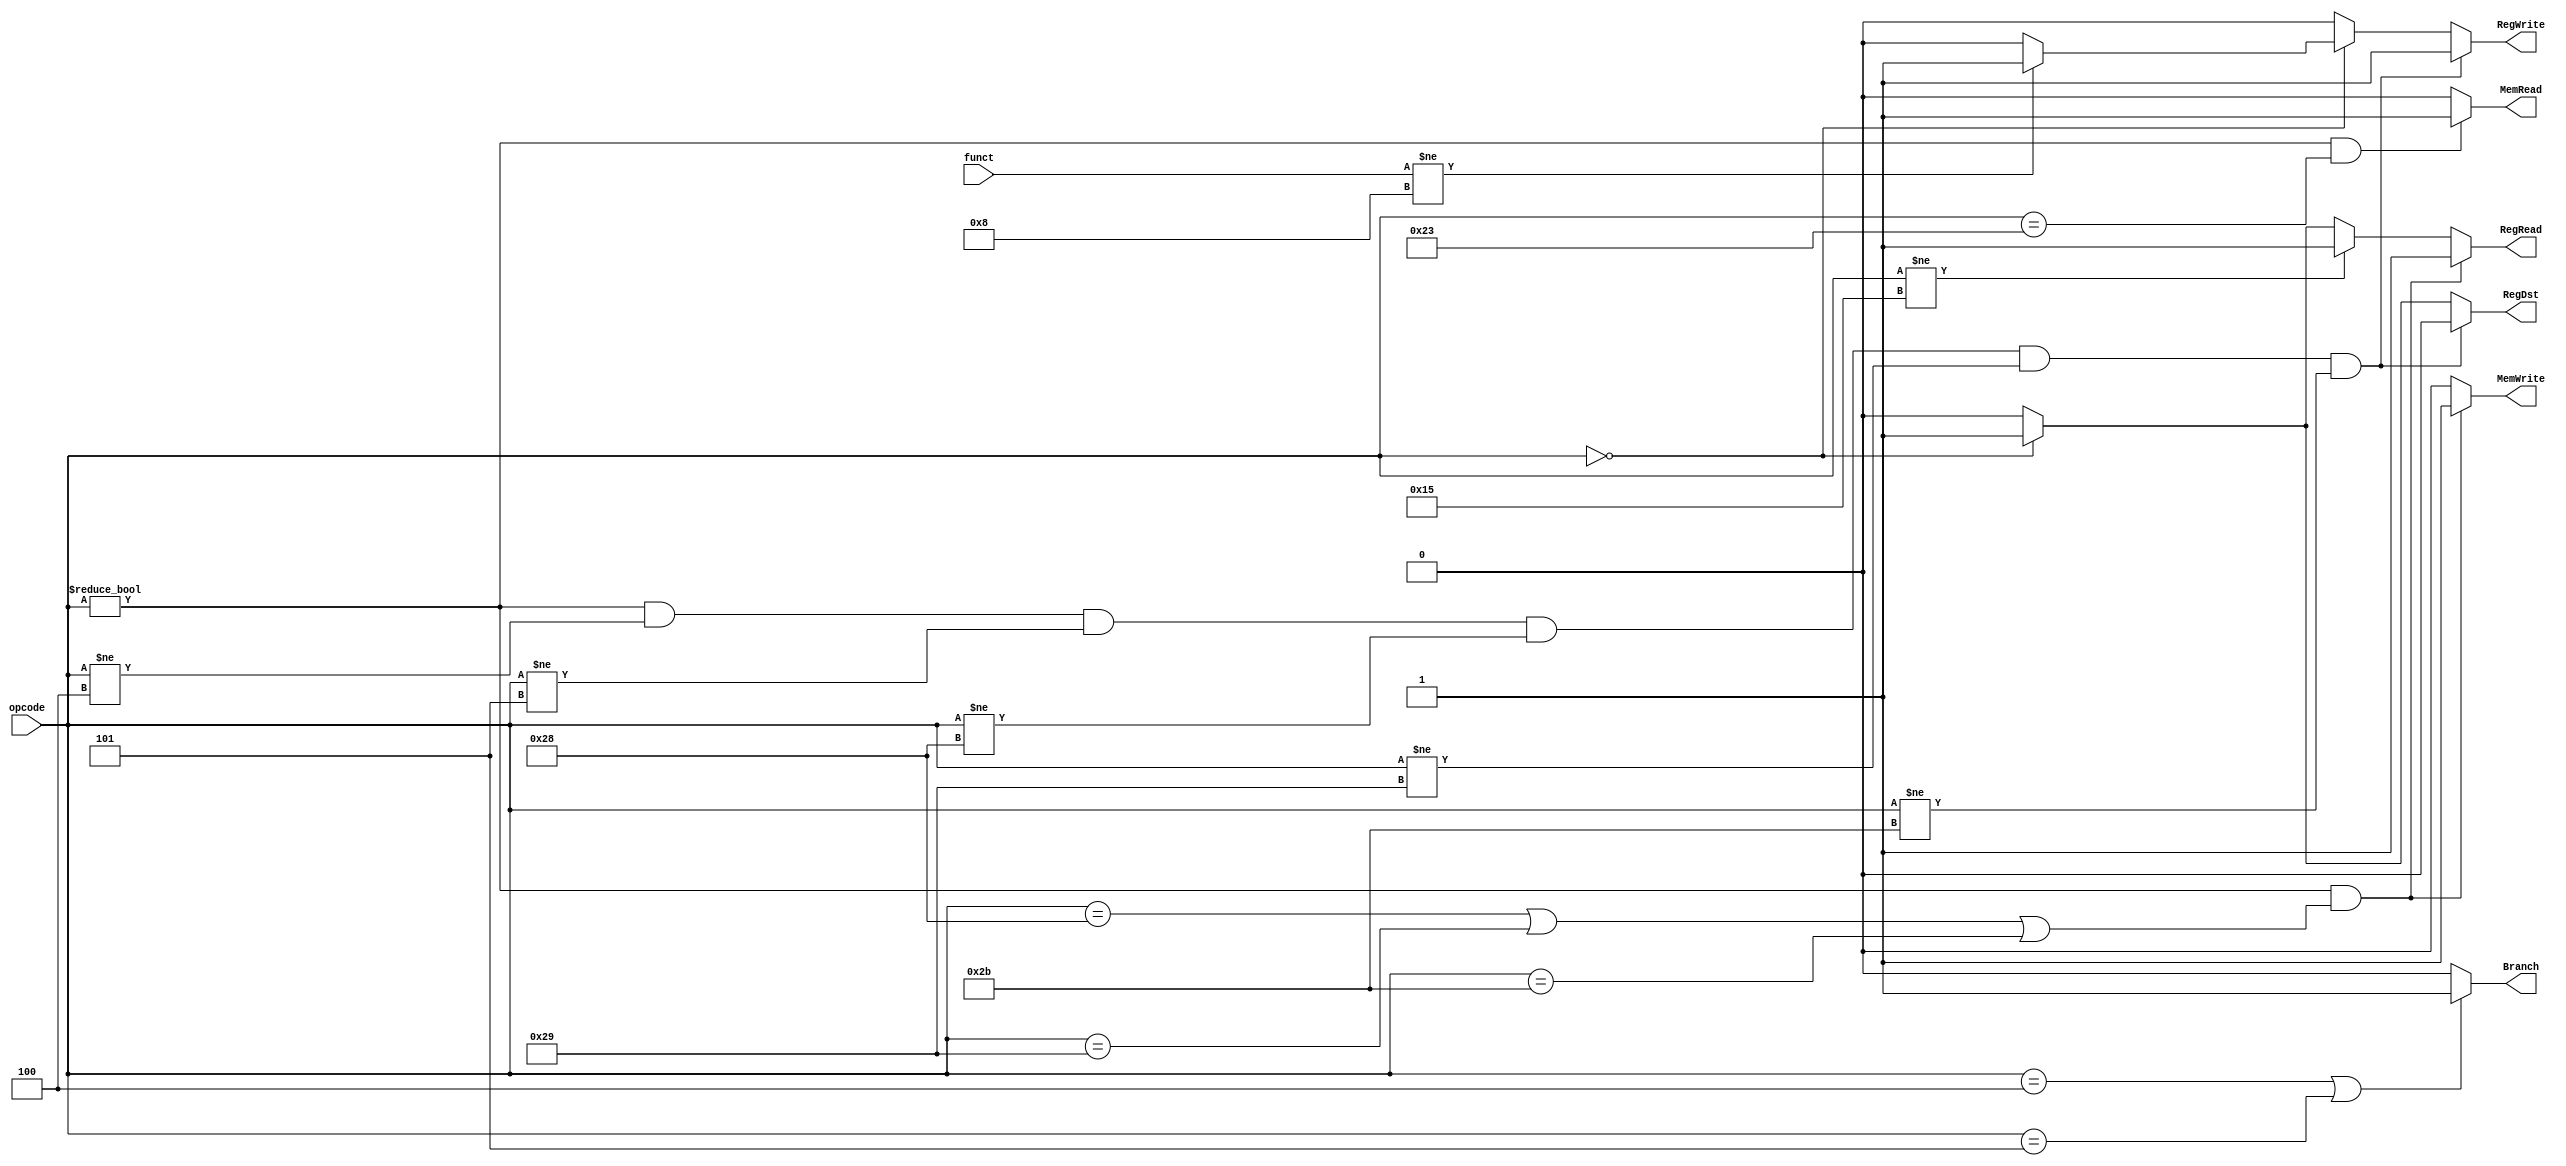
//Datapathteki olarak dnlebilir. 
//Registera yazlacak m yazlmayacak m, memoryde ne ilemi yaplacak, destination register hangisi olacak gibi problemleri 
//ayarlad sinyaller ile halletmesi saland.
module control_unit(
	output reg RegRead,
				  RegWrite,
				  MemRead,
				  MemWrite,
				  RegDst, // if this is 0 select rt, otherwise select rd
				  Branch,
	input [5:0] opcode, funct
);
	
	always @(opcode, funct) begin
	
		// First, reset all signals
		MemRead  = 1'b0;
		MemWrite = 1'b0;
		RegWrite = 1'b0;
		RegRead  = 1'b0;
		RegDst   = 1'b0;
		Branch   = 1'b0;
		
		// R type
		if(opcode == 6'h0) begin
			RegDst = 1'b1;
			RegRead = 1'b1;
			// if not jr
			if(funct != 6'h08) begin
				RegWrite = 1'b1;
			end
		end
		// For lui there is no need to register read
		if(opcode != 6'b010101) begin
			RegRead = 1'b1;
		end
		// If r-type, don't enter this block
		// For r-type, beq, bne, sb, sh and sw there is no need to register write
		if(opcode != 6'h0 & opcode != 6'h4 & opcode != 6'h5 & opcode != 6'h28 & opcode != 6'h29 & opcode != 6'h2b) begin
			RegWrite = 1'b1;
			RegDst   = 1'b0;
		end
		// For branch instructions
		if(opcode == 6'h4 | opcode == 6'h5) begin
			Branch   = 1'b1;
		end
		// For memory write operation
		// sb, sh and sw use memory to write
		if(opcode != 6'h0 & (opcode == 6'h28 | opcode == 6'h29 | opcode == 6'h2b)) begin
			MemWrite = 1'b1;
			RegRead  = 1'b1;
		end
		// For memory read operation
		// lw, 
		if(opcode != 6'h0 & (opcode == 6'h23))begin
			MemRead = 1'b1;
		end
		// J type
		// Do nothing!..
		// All signals already 0.
	end
	
	
	
endmodule